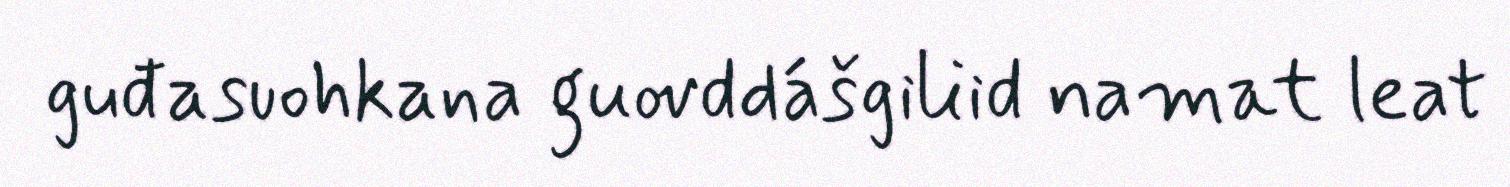
guđasuohkana guovddášgiliid namat leat